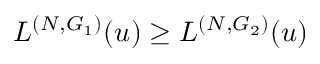
L ^ { ( N , G _ { 1 } ) } ( u ) \ge L ^ { ( N , G _ { 2 } ) } ( u )